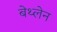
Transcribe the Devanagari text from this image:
बेथ्लेन